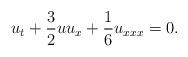
LaTeX: \begin{align*}u_t+\frac{3}{2}uu_x+\frac{1}{6}u_{xxx}=0.\end{align*}